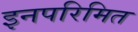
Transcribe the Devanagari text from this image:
इनपरिमित